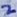
Text: 2